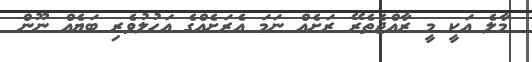
މާލެ އަކީ މީ ރާއްޖެތެރޭ ރަށެއް ނަމަ އެރަށެއްގެ އަހުލުވެރި ބަޔެއް ނޫން